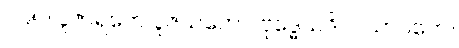
၁၉၅။ ပူဇာရဟေ ပူဇယတော၊ ဗုဒ္ဓေယဒိ ဝ သာဝကေ။